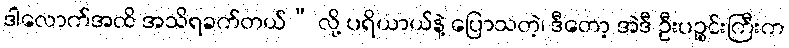
ဒါလောက်အထိ အသိရခက်တယ်” လို့ ပရိယာယ်နဲ့ ပြောသတဲ့၊ ဒီတော့ အဲဒီ ဦးပဉ္စင်းကြီးက